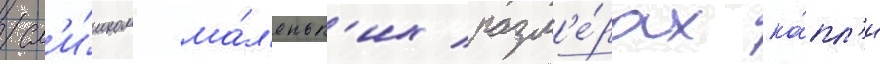
сл'и́шком ма́л'еньк'их разм'е́рах ка́пл'и